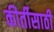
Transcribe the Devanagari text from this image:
कीर्तीसाठी